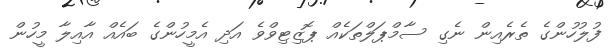
ފުލުހުންގެ ތެރެއިން ނެގި ސާމްޕަލްތަކެއް ޕޮޒިޓިވްވެ އަދި އެމީހުންގެ ބައެއް އާއިލާ މީހުން